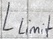
Text: Llimit